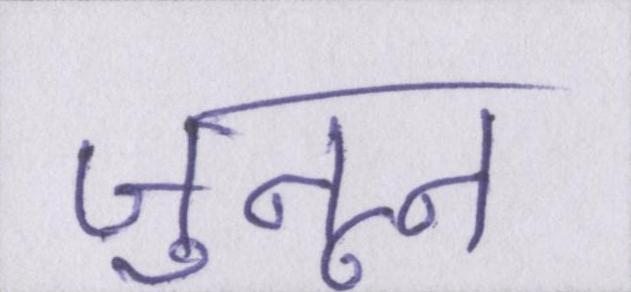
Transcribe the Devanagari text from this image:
जुनून